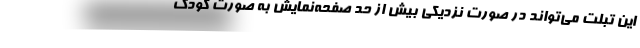
این تبلت می‌تواند در صورت نزدیکی بیش از حد صفحه‌نمایش به صورت کودک